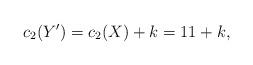
LaTeX: \begin{align*}c_2(Y^{\prime})=c_2(X)+k=11+k,\end{align*}